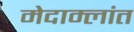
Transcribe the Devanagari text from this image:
मेदाम्लांत